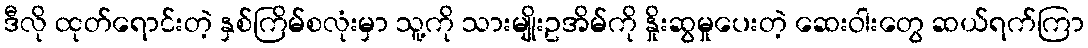
ဒီလို ထုတ်ရောင်းတဲ့ နှစ်ကြိမ်စလုံးမှာ သူ့ကို သားမျိုးဥအိမ်ကို နှိုးဆွမှုပေးတဲ့ ဆေးဝါးတွေ ဆယ်ရက်ကြာ